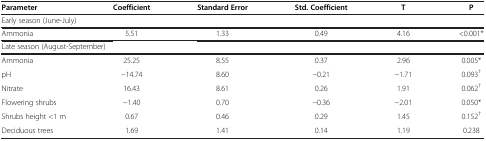
<table><thead><tr><td><b>Parameter</b></td><td><b>Coefficient</b></td><td><b>Standard Error</b></td><td><b>Std. Coefficient</b></td><td><b>T</b></td><td><b>P</b></td></tr></thead><tbody><tr><td colspan="6">Early season (June-July)</td></tr><tr><td>Ammonia</td><td>5.51</td><td>1.33</td><td>0.49</td><td>4.16</td><td>&lt;0.001*</td></tr><tr><td colspan="6">Late season (August-September)</td></tr><tr><td>Ammonia</td><td>25.25</td><td>8.55</td><td>0.37</td><td>2.96</td><td>0.005*</td></tr><tr><td>pH</td><td>−14.74</td><td>8.60</td><td>−0.21</td><td>−1.71</td><td>0.093<sup>†</sup></td></tr><tr><td>Nitrate</td><td>16.43</td><td>8.61</td><td>0.26</td><td>1.91</td><td>0.062<sup>†</sup></td></tr><tr><td>Flowering shrubs</td><td>−1.40</td><td>0.70</td><td>−0.36</td><td>−2.01</td><td>0.050*</td></tr><tr><td>Shrubs height &lt;1 m</td><td>0.67</td><td>0.46</td><td>0.29</td><td>1.45</td><td>0.152<sup>†</sup></td></tr><tr><td>Deciduous trees</td><td>1.69</td><td>1.41</td><td>0.14</td><td>1.19</td><td>0.238</td></tr></tbody></table>